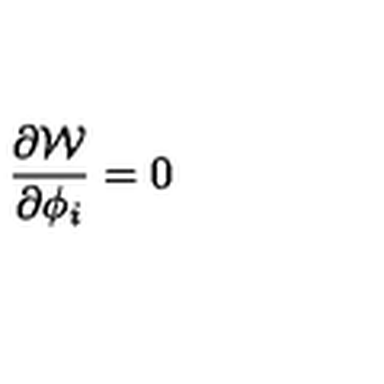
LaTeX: \frac { \partial { \cal W } } { \partial \phi _ { i } } = 0